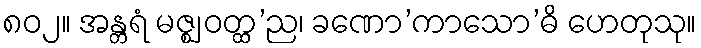
၈၀၂။ အန္တရံ မဇ္ဈ ဝတ္ထ’ည၊ ခဏော’ကာသော’ဓိ ဟေတုသု။